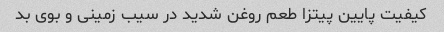
کیفیت پایین پیتزا طعم روغن شدید در سیب زمینی و بوی بد